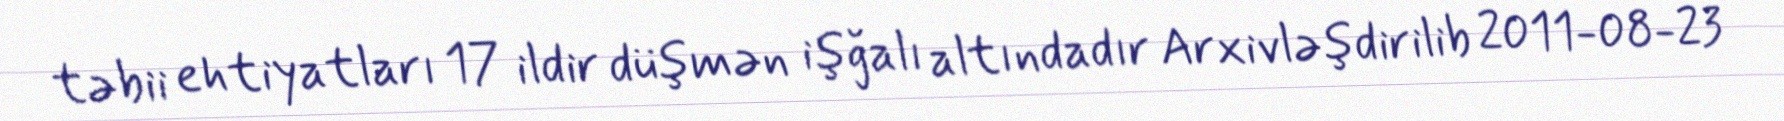
təbii ehtiyatları 17 ildir düşmən işğalı altındadır Arxivləşdirilib 2011-08-23